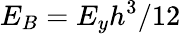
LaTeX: E_{B}=E_{y}h^{3}/12